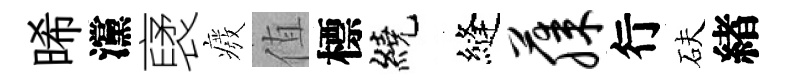
晞灙裦癈值標繞縫藤行砆緖